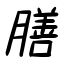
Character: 膳